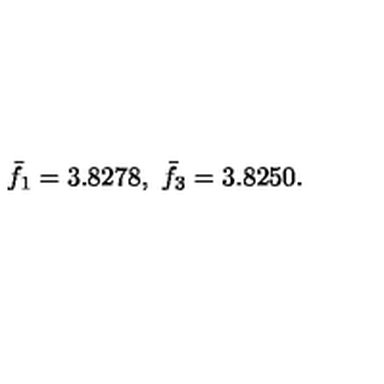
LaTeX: \bar { f } _ { 1 } = 3 . 8 2 7 8 , \ \bar { f } _ { 3 } = 3 . 8 2 5 0 .